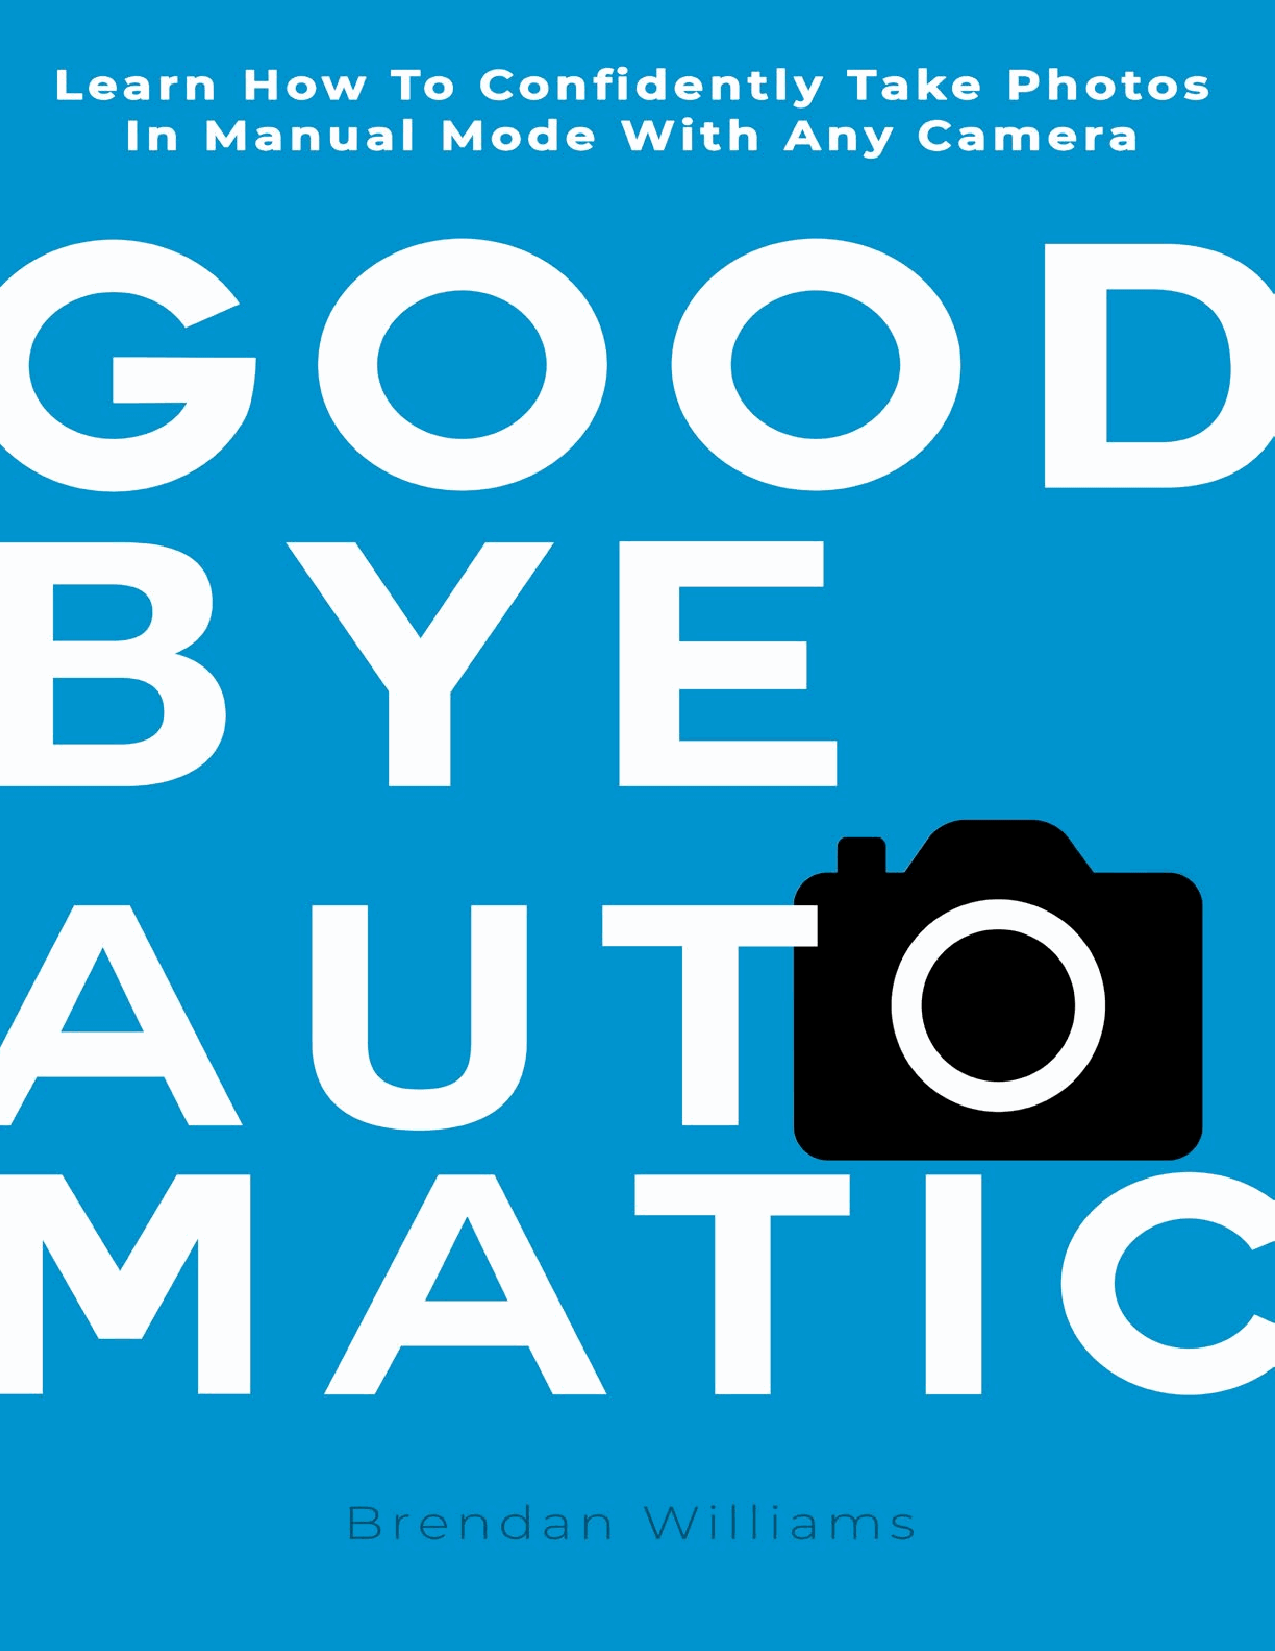
www.bwillcreative.com                       1